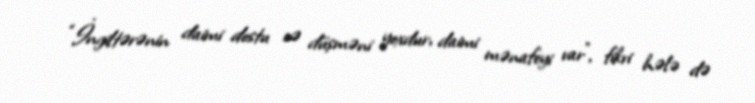
“İngiltərənin daimi dostu və düşməni yoxdur, daimi mənafeyi var”, fikri hələ də